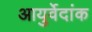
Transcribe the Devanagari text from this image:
आयुर्वेदांक